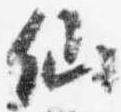
仙